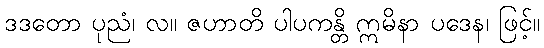
ဒဒတော ပုညံ၊ လ။ ဇဟာတိ ပါပကန္တိ ဣမိနာ ပဒေန၊ ဖြင့်။